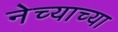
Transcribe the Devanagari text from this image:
नेच्याच्या